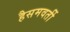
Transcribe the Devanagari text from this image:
हैसमवर्ती